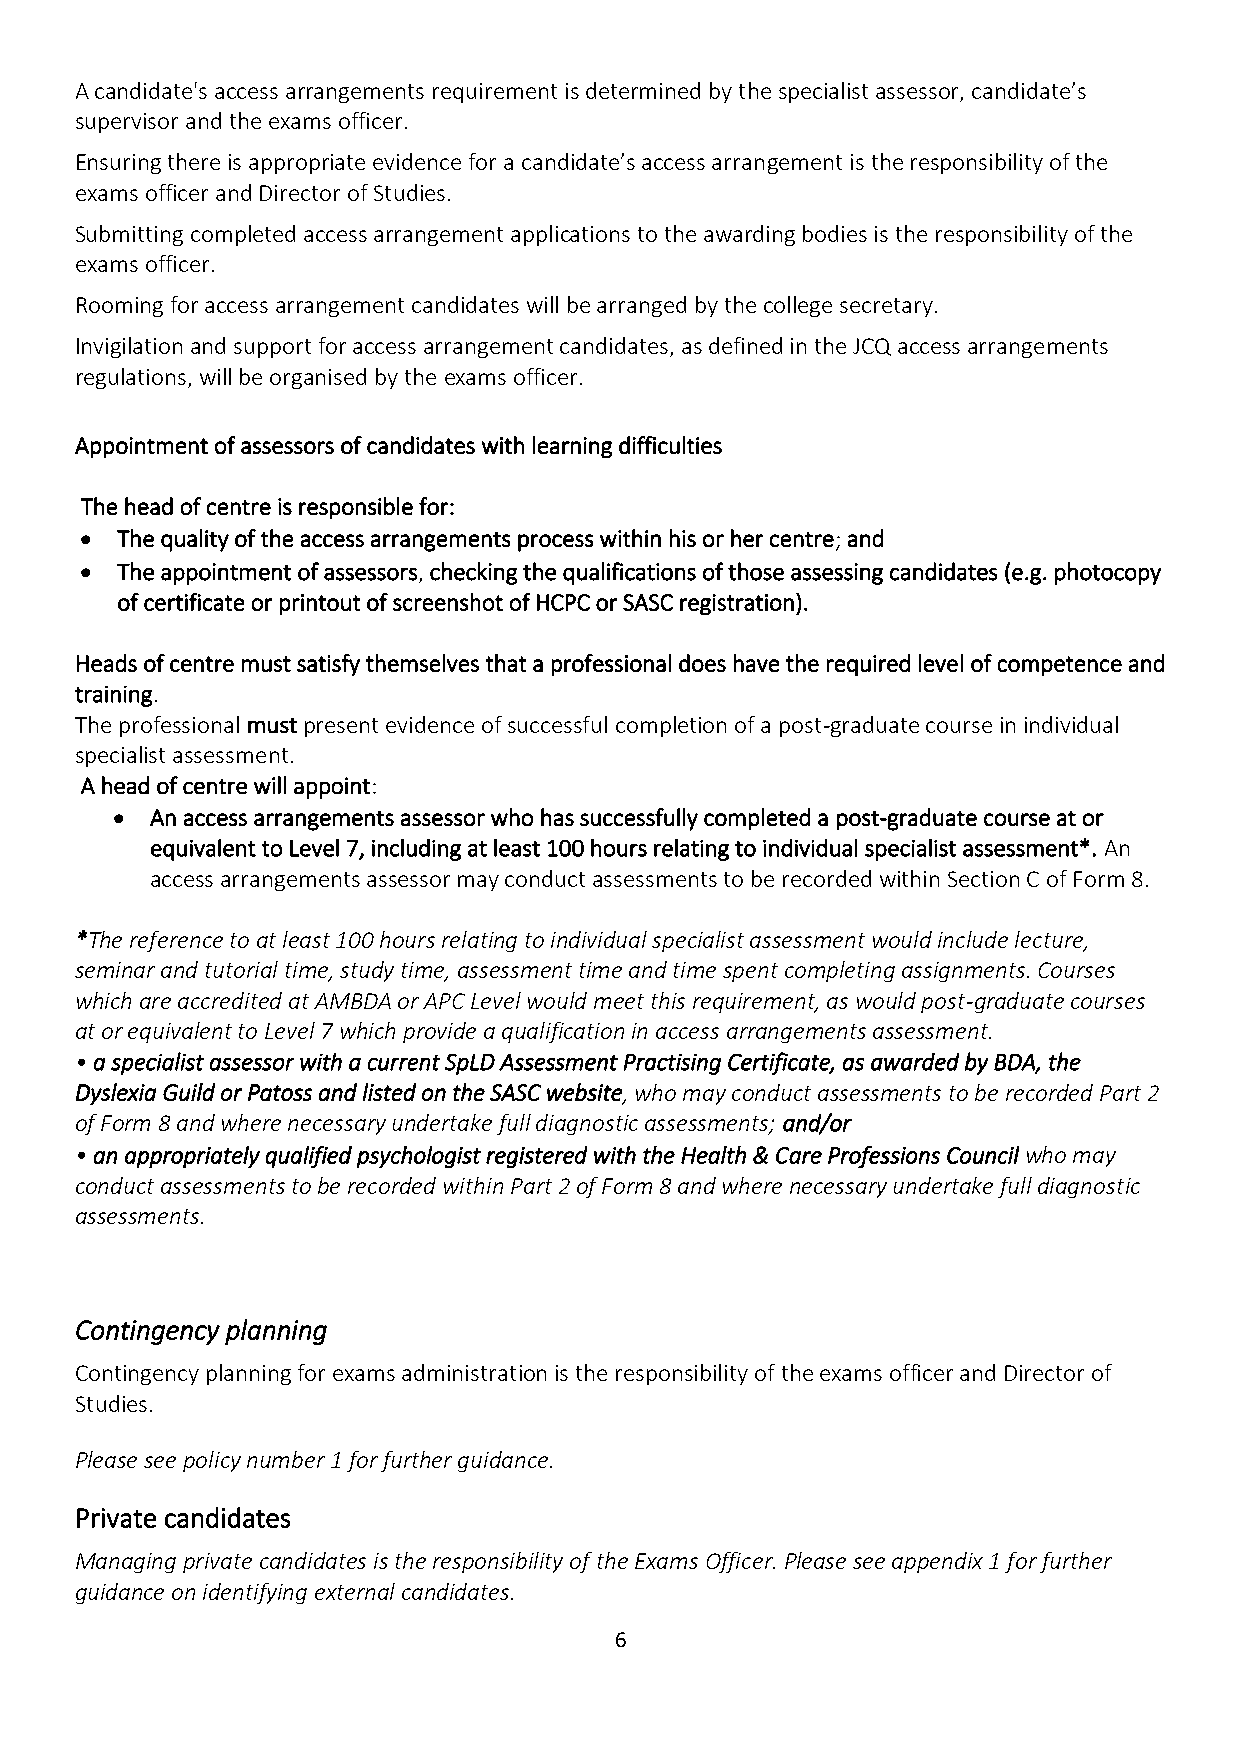
A candidate's access arrangements requirement is determined by the specialist assessor, candidate’s
 supervisor and the exams officer.
 Ensuring there is appropriate evidence for a candidate’s access arrangement is the responsibility of the
 exams officer and Director of Studies.
 Submitting completed access arrangement applications to the awarding bodies is the responsibility of the
 exams officer.
 Rooming for access arrangement candidates will be arranged by the college secretary.
 Invigilation and support for access arrangement candidates, as defined in the JCQ access arrangements
 regulations, will be organised by the exams officer.
 Appointment of assessors of candidates with learning difficulties
 The head of centre is responsible for:
 •  The quality of the access arrangements process within his or her centre; and
 •  The appointment of assessors, checking the qualifications of those assessing candidates (e.g. photocopy
 of certificate or printout of screenshot of HCPC or SASC registration).
 Heads of centre must satisfy themselves that a professional does have the required level of competence and
 training.
 The professional must present evidence of successful completion of a post-graduate course in individual
 specialist assessment.
 A head of centre will appoint:
 •  An access arrangements assessor who has successfully completed a post-graduate course at or
 equivalent to Level 7, including at least 100 hours relating to individual specialist assessment*. An
 access arrangements assessor may conduct assessments to be recorded within Section C of Form 8.
 *The reference to at least 100 hours relating to individual specialist assessment would include lecture,
 seminar and tutorial time, study time, assessment time and time spent completing assignments. Courses
 which are accredited at AMBDA or APC Level would meet this requirement, as would post-graduate courses
 at or equivalent to Level 7 which provide a qualification in access arrangements assessment.
 • a specialist assessor with a current SpLD Assessment Practising Certificate, as awarded by BDA, the
 Dyslexia Guild or Patoss and listed on the SASC website, who may conduct assessments to be recorded Part 2
 of Form 8 and where necessary undertake full diagnostic assessments; and/or
 • an appropriately qualified psychologist registered with the Health & Care Professions Council who may
 conduct assessments to be recorded within Part 2 of Form 8 and where necessary undertake full diagnostic
 assessments.
 Contingency planning
 Contingency planning for exams administration is the responsibility of the exams officer and Director of
 Studies.
 Please see policy number 1 for further guidance.
 Private candidates
 Managing private candidates is the responsibility of the Exams Officer. Please see appendix 1 for further
 guidance on identifying external candidates.
 6